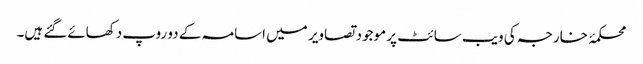
محکمۂ خارجہ کی ویب سائٹ پر موجود تصاویر میں اسامہ کے دو روپ دکھائےگئے ہیں۔